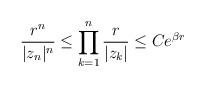
LaTeX: \begin{align*}\frac{r^n}{|z_n|^n}\leq \prod^{n}_{k=1}\frac{r}{|z_k|} \leq C e^{\beta r}\end{align*}